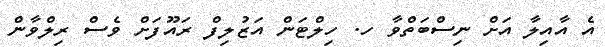
އެ އާއިލާ އަށް ނިސްބަތްވާ ހ. ހިލްޓަން އަޒުލިފް ރައޫފަށް ވެސް ރިލްވާން